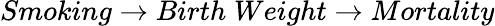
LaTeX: Smoking\rightarrow Birth\; Weight\rightarrow Mortality